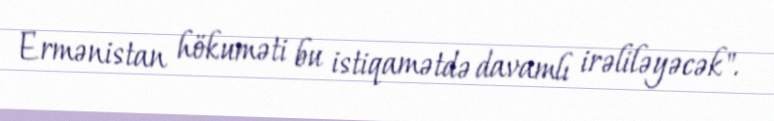
Ermənistan hökuməti bu istiqamətdə davamlı irəliləyəcək".